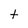
Character: t